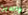
والدين